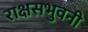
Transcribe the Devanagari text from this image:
राक्षसभुवनी